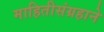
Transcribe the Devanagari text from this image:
माहितीसंग्रहाने